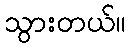
သွားတယ်။